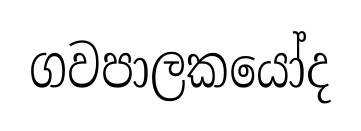
ගවපාලකයෝද